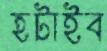
হটাইব